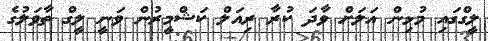
ލީގްގައި މުޅިން އަލަށް ވާދަ ކުރާ ރިއަލް ކަޝްމީރުން ވަނީ ލީގް ތާވަލުގެ